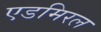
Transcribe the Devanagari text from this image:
एडमिरल